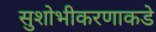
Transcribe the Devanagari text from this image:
सुशोभीकरणाकडे